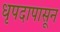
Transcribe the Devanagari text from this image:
धृपदापासून